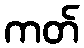
ကတ်